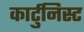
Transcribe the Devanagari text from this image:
कार्टुनिस्ट